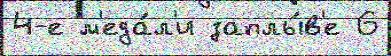
4-е м'еда́л'и заплы́в'е 6